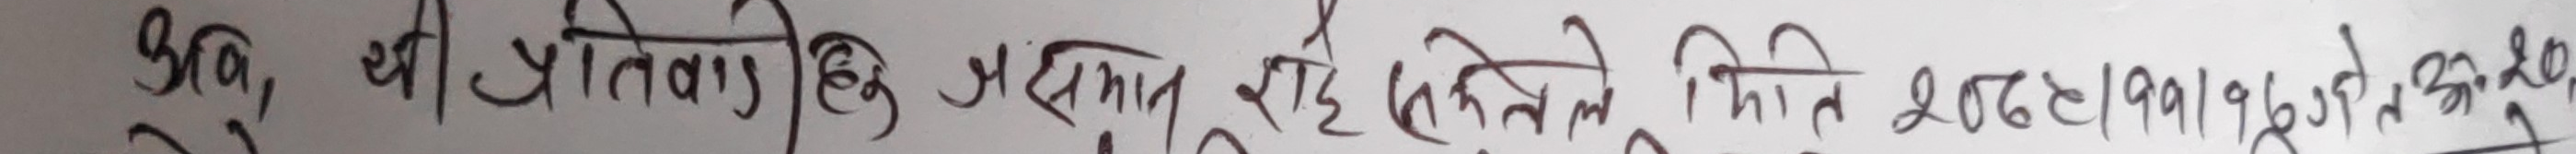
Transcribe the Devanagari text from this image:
३५, की तिवारीकि प्रतिमान रुप रहे तेसले मिति २०४९।११।०७ गते देखि सोही ल.ब.